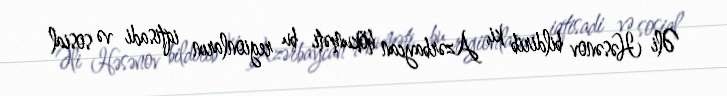
Əli Həsənov bildirib ki, Azərbaycan hökuməti bu regionların iqtisadi və sosial